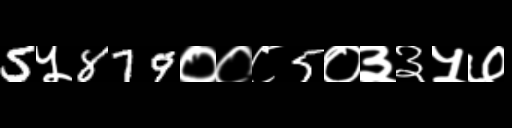
Text: 5५879००८5०३३५७